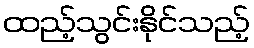
ထည့်သွင်းနိုင်သည့်